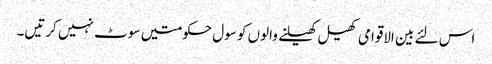
اس لئے بین الاقوامی کھیل کھیلنے والوں کو سول حکومتیں سوٹ نہیں کرتیں۔